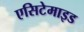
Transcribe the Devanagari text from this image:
एसिटेमाइड